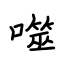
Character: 噬